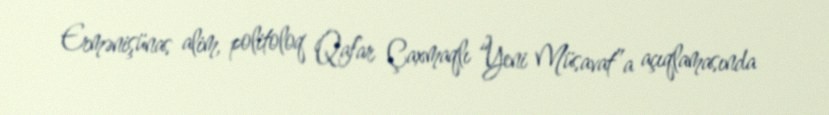
Ermənişünas alim, politoloq Qafar Çaxmaqlı “Yeni Müsavat”a açıqlamasında